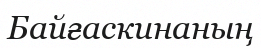
Байғаскинаның